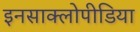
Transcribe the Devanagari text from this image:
इनसाक्लोपीडिया